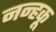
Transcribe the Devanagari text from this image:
नन्हकू